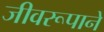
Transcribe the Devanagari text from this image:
जीवरूपाने